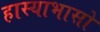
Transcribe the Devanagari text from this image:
हास्याभासो